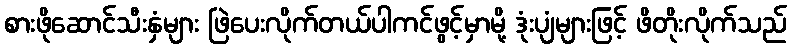
စားဖိုဆောင်သီးနှံများ ဖြဲပေးလိုက်တယ်ပါကင်ဖွင့်မှာမို့ ဒုံးပျံများဖြင့် ဖိတိုးလိုက်သည်